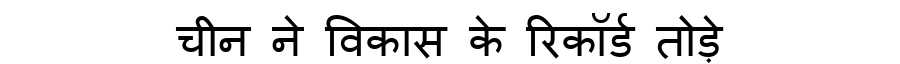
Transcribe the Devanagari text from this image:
चीन ने विकास के रिकॉर्ड तोड़े